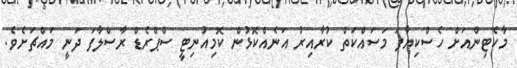
މާކެޓިންއަށް ހެސްކިޔާފަ މަސައްކަތް ކުރާއިރު އަނެއްކޮޅުން ކޮމިއުނިޓީ ސްޕްރެޑް ރާސްލާފަ ދަނީ މައްޗަށެވެ.